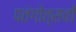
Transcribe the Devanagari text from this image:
पतंगोत्सवों